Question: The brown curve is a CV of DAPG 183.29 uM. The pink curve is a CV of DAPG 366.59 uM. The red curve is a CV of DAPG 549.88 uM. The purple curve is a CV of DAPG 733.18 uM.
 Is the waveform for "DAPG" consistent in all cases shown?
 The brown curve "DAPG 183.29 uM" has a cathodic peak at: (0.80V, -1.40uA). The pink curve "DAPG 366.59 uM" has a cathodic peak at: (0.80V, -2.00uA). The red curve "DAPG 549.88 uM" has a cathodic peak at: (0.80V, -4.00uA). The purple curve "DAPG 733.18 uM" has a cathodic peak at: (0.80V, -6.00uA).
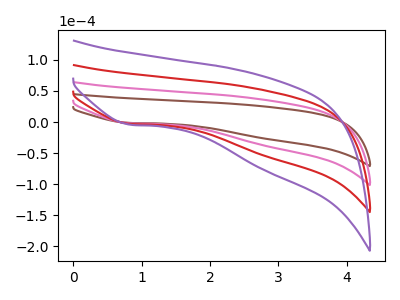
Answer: <think>All the peaks in "DAPG 183.29 uM" have a peak in "DAPG 366.59 uM" at the same potential. Every peak in "DAPG 183.29 uM" is lower than every peak in "DAPG 366.59 uM". All the peaks in "DAPG 183.29 uM" have a peak in "DAPG 549.88 uM" at the same potential. Every peak in "DAPG 183.29 uM" is lower than every peak in "DAPG 549.88 uM". All the peaks in "DAPG 183.29 uM" have a peak in "DAPG 733.18 uM" at the same potential. Every peak in "DAPG 183.29 uM" is lower than every peak in "DAPG 733.18 uM". All the peaks in "DAPG 366.59 uM" have a peak in "DAPG 549.88 uM" at the same potential. Every peak in "DAPG 366.59 uM" is lower than every peak in "DAPG 549.88 uM". All the peaks in "DAPG 366.59 uM" have a peak in "DAPG 733.18 uM" at the same potential. Every peak in "DAPG 366.59 uM" is lower than every peak in "DAPG 733.18 uM". All the peaks in "DAPG 549.88 uM" have a peak in "DAPG 733.18 uM" at the same potential. Every peak in "DAPG 549.88 uM" is lower than every peak in "DAPG 733.18 uM".
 </think>
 <answer>All the CV's of "DAPG" have similar shape.</answer>
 <eval>follow_rule</eval>